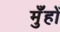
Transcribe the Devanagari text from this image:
मुँहों